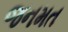
જનમત